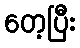
တေ့ပြီး